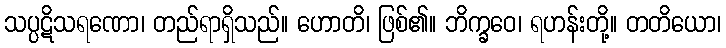
သပ္ပဋိသရဏော၊ တည်ရာရှိသည်။ ဟောတိ၊ ဖြစ်၏။ ဘိက္ခဝေ၊ ရဟန်းတို့။ တတိယော၊